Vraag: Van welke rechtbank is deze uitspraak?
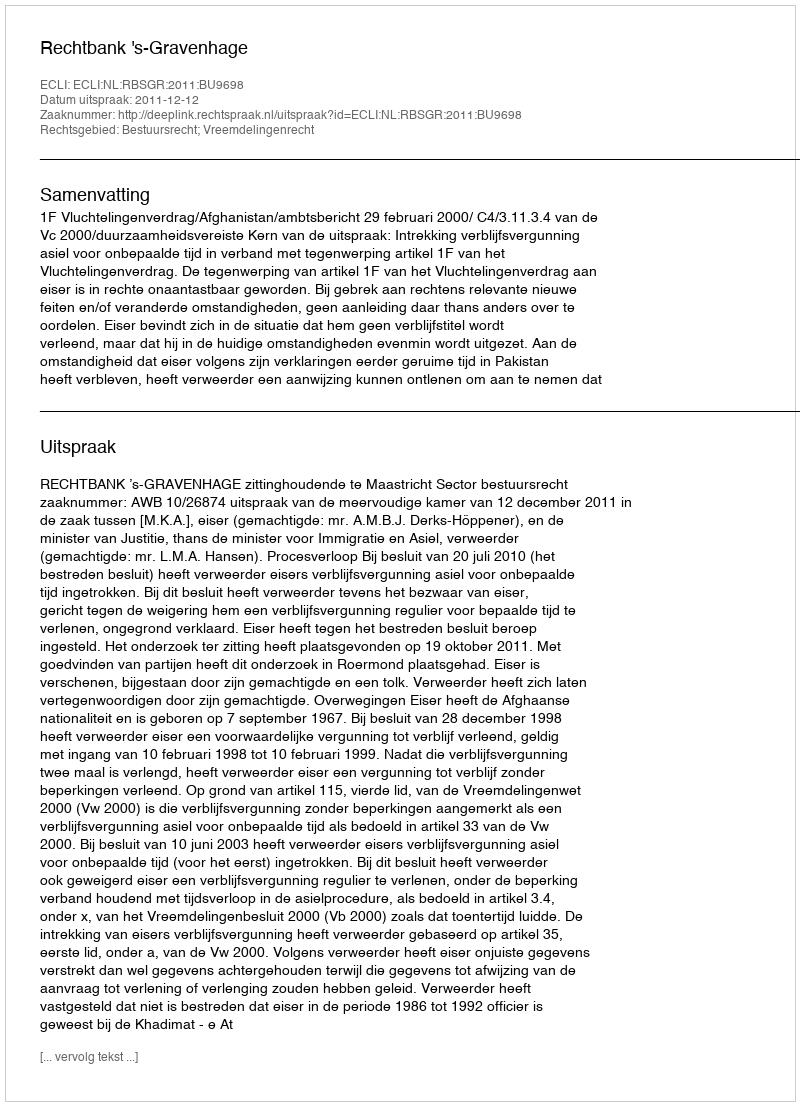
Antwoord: Rechtbank 's-Gravenhage